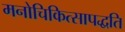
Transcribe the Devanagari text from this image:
मनोचिकित्सापद्धति